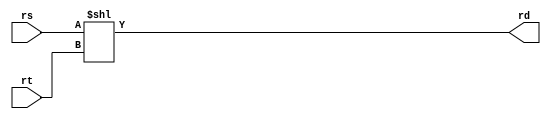

module sllv (rs,rt,rd);
	input [31:0] rs;
	input [31:0] rt;
	output [31:0] rd ;
	assign {rd} = rs << rt ;
endmodule